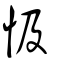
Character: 忣